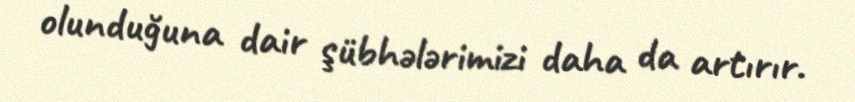
olunduğuna dair şübhələrimizi daha da artırır.